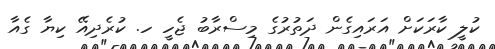
ކުލީ ކާރަކަށް އަރައިގެން ދަތުރުގެ މިސްރާބު ޖެހީ ހ. ކުރެދިއޭ ކިޔާ ގެއާ